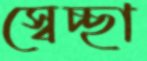
স্বেচ্ছা